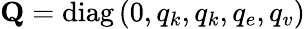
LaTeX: \mathbf{Q}=\operatorname{diag}\left(0,q_{k},q_{k},q_{e},q_{v}\right)